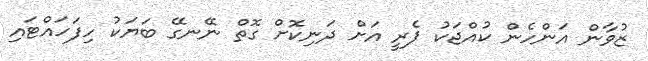
ޒުވާން އަންހެން ކުއްޖަކު ފެރީ އަށް ދަނިކޮށް ގޮތް ނޭނގޭ ބަޔަކު ހިފަހައްޓައި